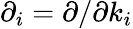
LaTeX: \partial_{i}=\partial/\partial k_{i}